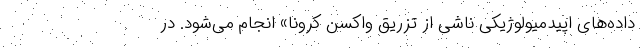
داده‌های اپیدمیولوژیکیِ ناشی از تزریق واکسن کرونا» انجام می‌شود. در